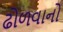
ઢોળવાનો